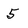
Character: 5